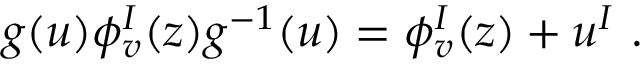
g ( u ) \phi _ { v } ^ { I } ( z ) g ^ { - 1 } ( u ) = \phi _ { v } ^ { I } ( z ) + u ^ { I } ~ .